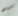
ميو